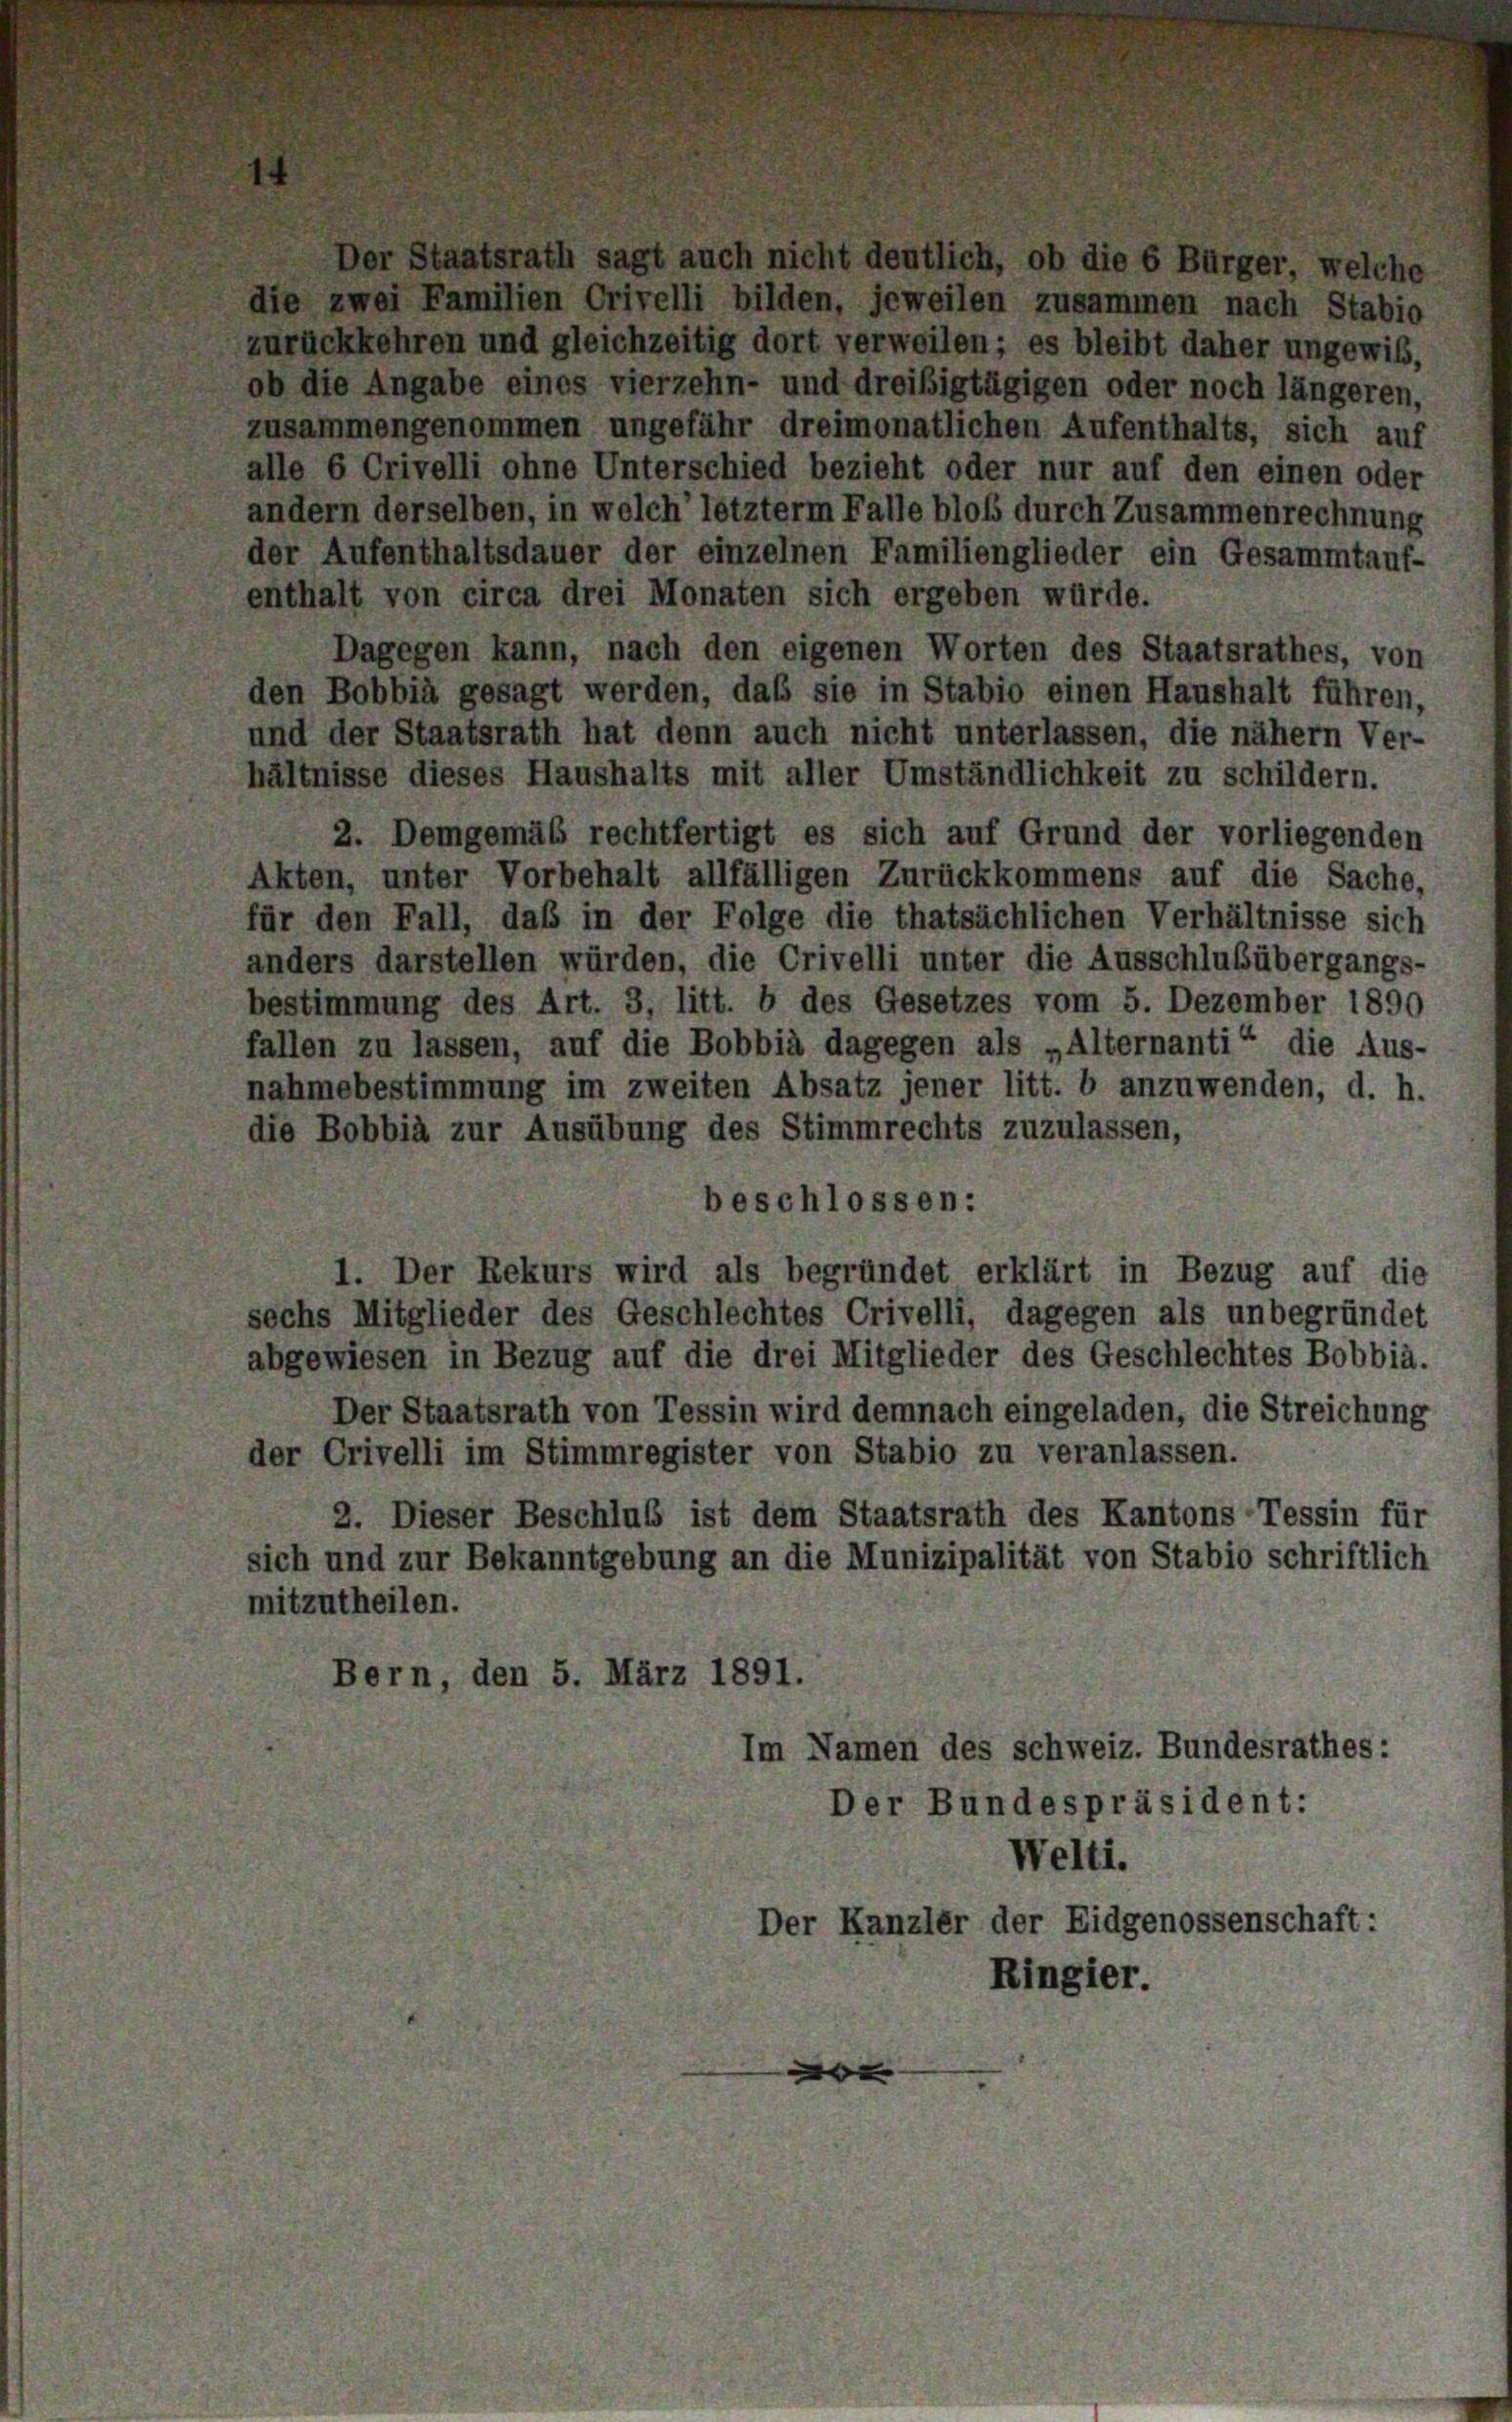
Der Staatsrath sagt auch nicht deutlich, ob die 6 Bürger, welche
die zwei Familien Crivelli bilden, jeweilen zusammen nach Stabio
zurückkehren und gleichzeitig dort verweilen; es bleibt daher ungewiß,
ob die Angabe eines vierzehn- und dreißigtägigen oder noch längeren,
zusammengenommen ungefähr dreimonatlichen Aufenthalts, sich auf
alle 6 Crivelli ohne Unterschied bezieht oder nur auf den einen oder
andern derselben, in welch’ letzterm Falle bloß durch Zusammenrechnung
der Aufenthaltsdauer der einzelnen Familienglieder ein Gesammtauf-
enthalt von circa drei Monaten sich ergeben würde.
Dagegen kann, nach den eigenen Worten des Staatsrathes, von
den Bobbia gesagt werden, das sie in Stabio einen Haushalt führen,
und der Staatsrath hat denn auch nicht unterlassen, die nähern Ver-
hältnisse dieses Haushalts mit aller Umständlichkeit zu schildern.
2. Demgemäß rechtfertigt es sich auf Grund der vorliegenden
Akten, unter Vorbehalt allfälligen Zurückkommens auf die Sache,
für den Fall, daß in der Folge die thatsächlichen Verhältnisse sich
anders darstellen würden, die Crivelli unter die Ausschlußübergangs-
bestimmung des Art. 3, litt. b des Gesetzes vom 5. Dezember 1890
fallen zu lassen, auf die Bobbià dagegen als „Alternanti“ die Aus-
nahmebestimmung im zweiten Absatz jener litt. b anzuwenden, d. h.
die Bobbia zur Ausübung des Stimmrechts zuzulassen,
beschlossen:
1. Der Rekurs wird als begründet erklärt in Bezug auf die
sechs Mitglieder des Geschlechtes Crivelli, dagegen als unbegründet
abgewiesen in Bezug auf die drei Mitglieder des Geschlechtes Bobbia.
Der Staatsrath von Tessin wird demnach eingeladen, die Streichung
der Crivelli im Stimmregister von Stabio zu veranlassen.
2. Dieser Beschluß ist dem Staatsrath des Kantons Tessin für
sich und zur Bekanntgebung an die Munizipalität von Stabio schriftlich
mitzutheilen.
Bern, den 5. März 1891.
Im Namen des Schweiz. Bundesrathes:
Der Bundespräsident:
Welti.
Der Kanzler der Eidgenossenschaft:
Ringier.